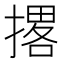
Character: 撂